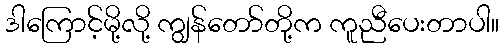
ဒါကြောင့်မို့လို့ ကျွန်တော်တို့က ကူညီပေးတာပါ။